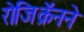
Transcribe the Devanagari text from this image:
रोजिक्रॅनने